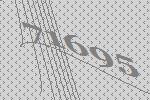
71695